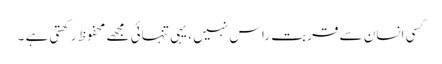
کسی انسان سے قربت راس نہیں ، یہی تنہائی مجھے محفوظ رکھتی ہے ۔